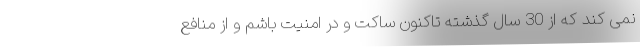
نمی کند که از 30 سال گذشته تاکنون ساکت و در امنیت باشم و از منافع